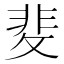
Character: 𭣻